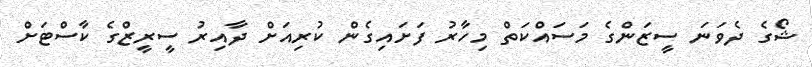
ޝޯގެ ދެވަނަ ސީޒަންގެ މަސައްކަތް މިހާރު ފަށައިގެން ކުރިއަށް ދާއިރު ސީރީޒްގެ ކާސްޓަށް